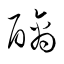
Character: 醨